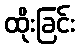
ထိုးခြင်း